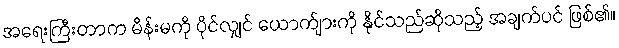
အရေးကြီးတာက မိန်းမကို ပိုင်လျှင် ယောက်ျားကို နိုင်သည်ဆိုသည့် အချက်ပင် ဖြစ်၏။